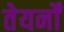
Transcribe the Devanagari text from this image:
तेयर्नों